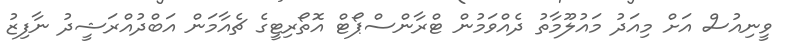
ވީނިއުސް އަށް މިއަދު މައުލޫމާތު ދެއްވަމުން ޓްރާންސްޕޯޓް އޮތޯރިޓީގެ ޗެއާމަން އަބްދުއްރަޝީދު ނާފިޒު